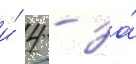
и́ 4 - за́